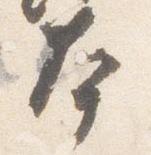
本